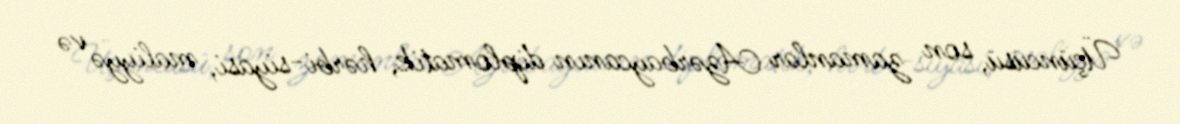
Üçüncüsü, son zamanlar Azərbaycanın diplomatik, hərbi-siyasi, maliyyə və